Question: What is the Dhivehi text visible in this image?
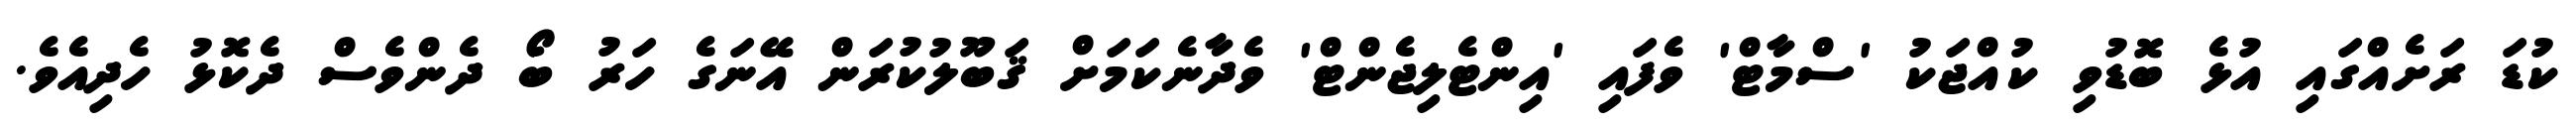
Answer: ކުޑަ ރަށެއްގައި އުޅެ ބޮޑުވި ކުއްޖަކު 'ސްމާޓް' ވެފައި 'އިންޓެލިޖެންޓް' ވެދާނެކަމަށް ޤަބޫލުކުރަން އޭނަގެ ހަރު ބޯ ދެންވެސް ދެކޮޅު ހެދިއެވެ.